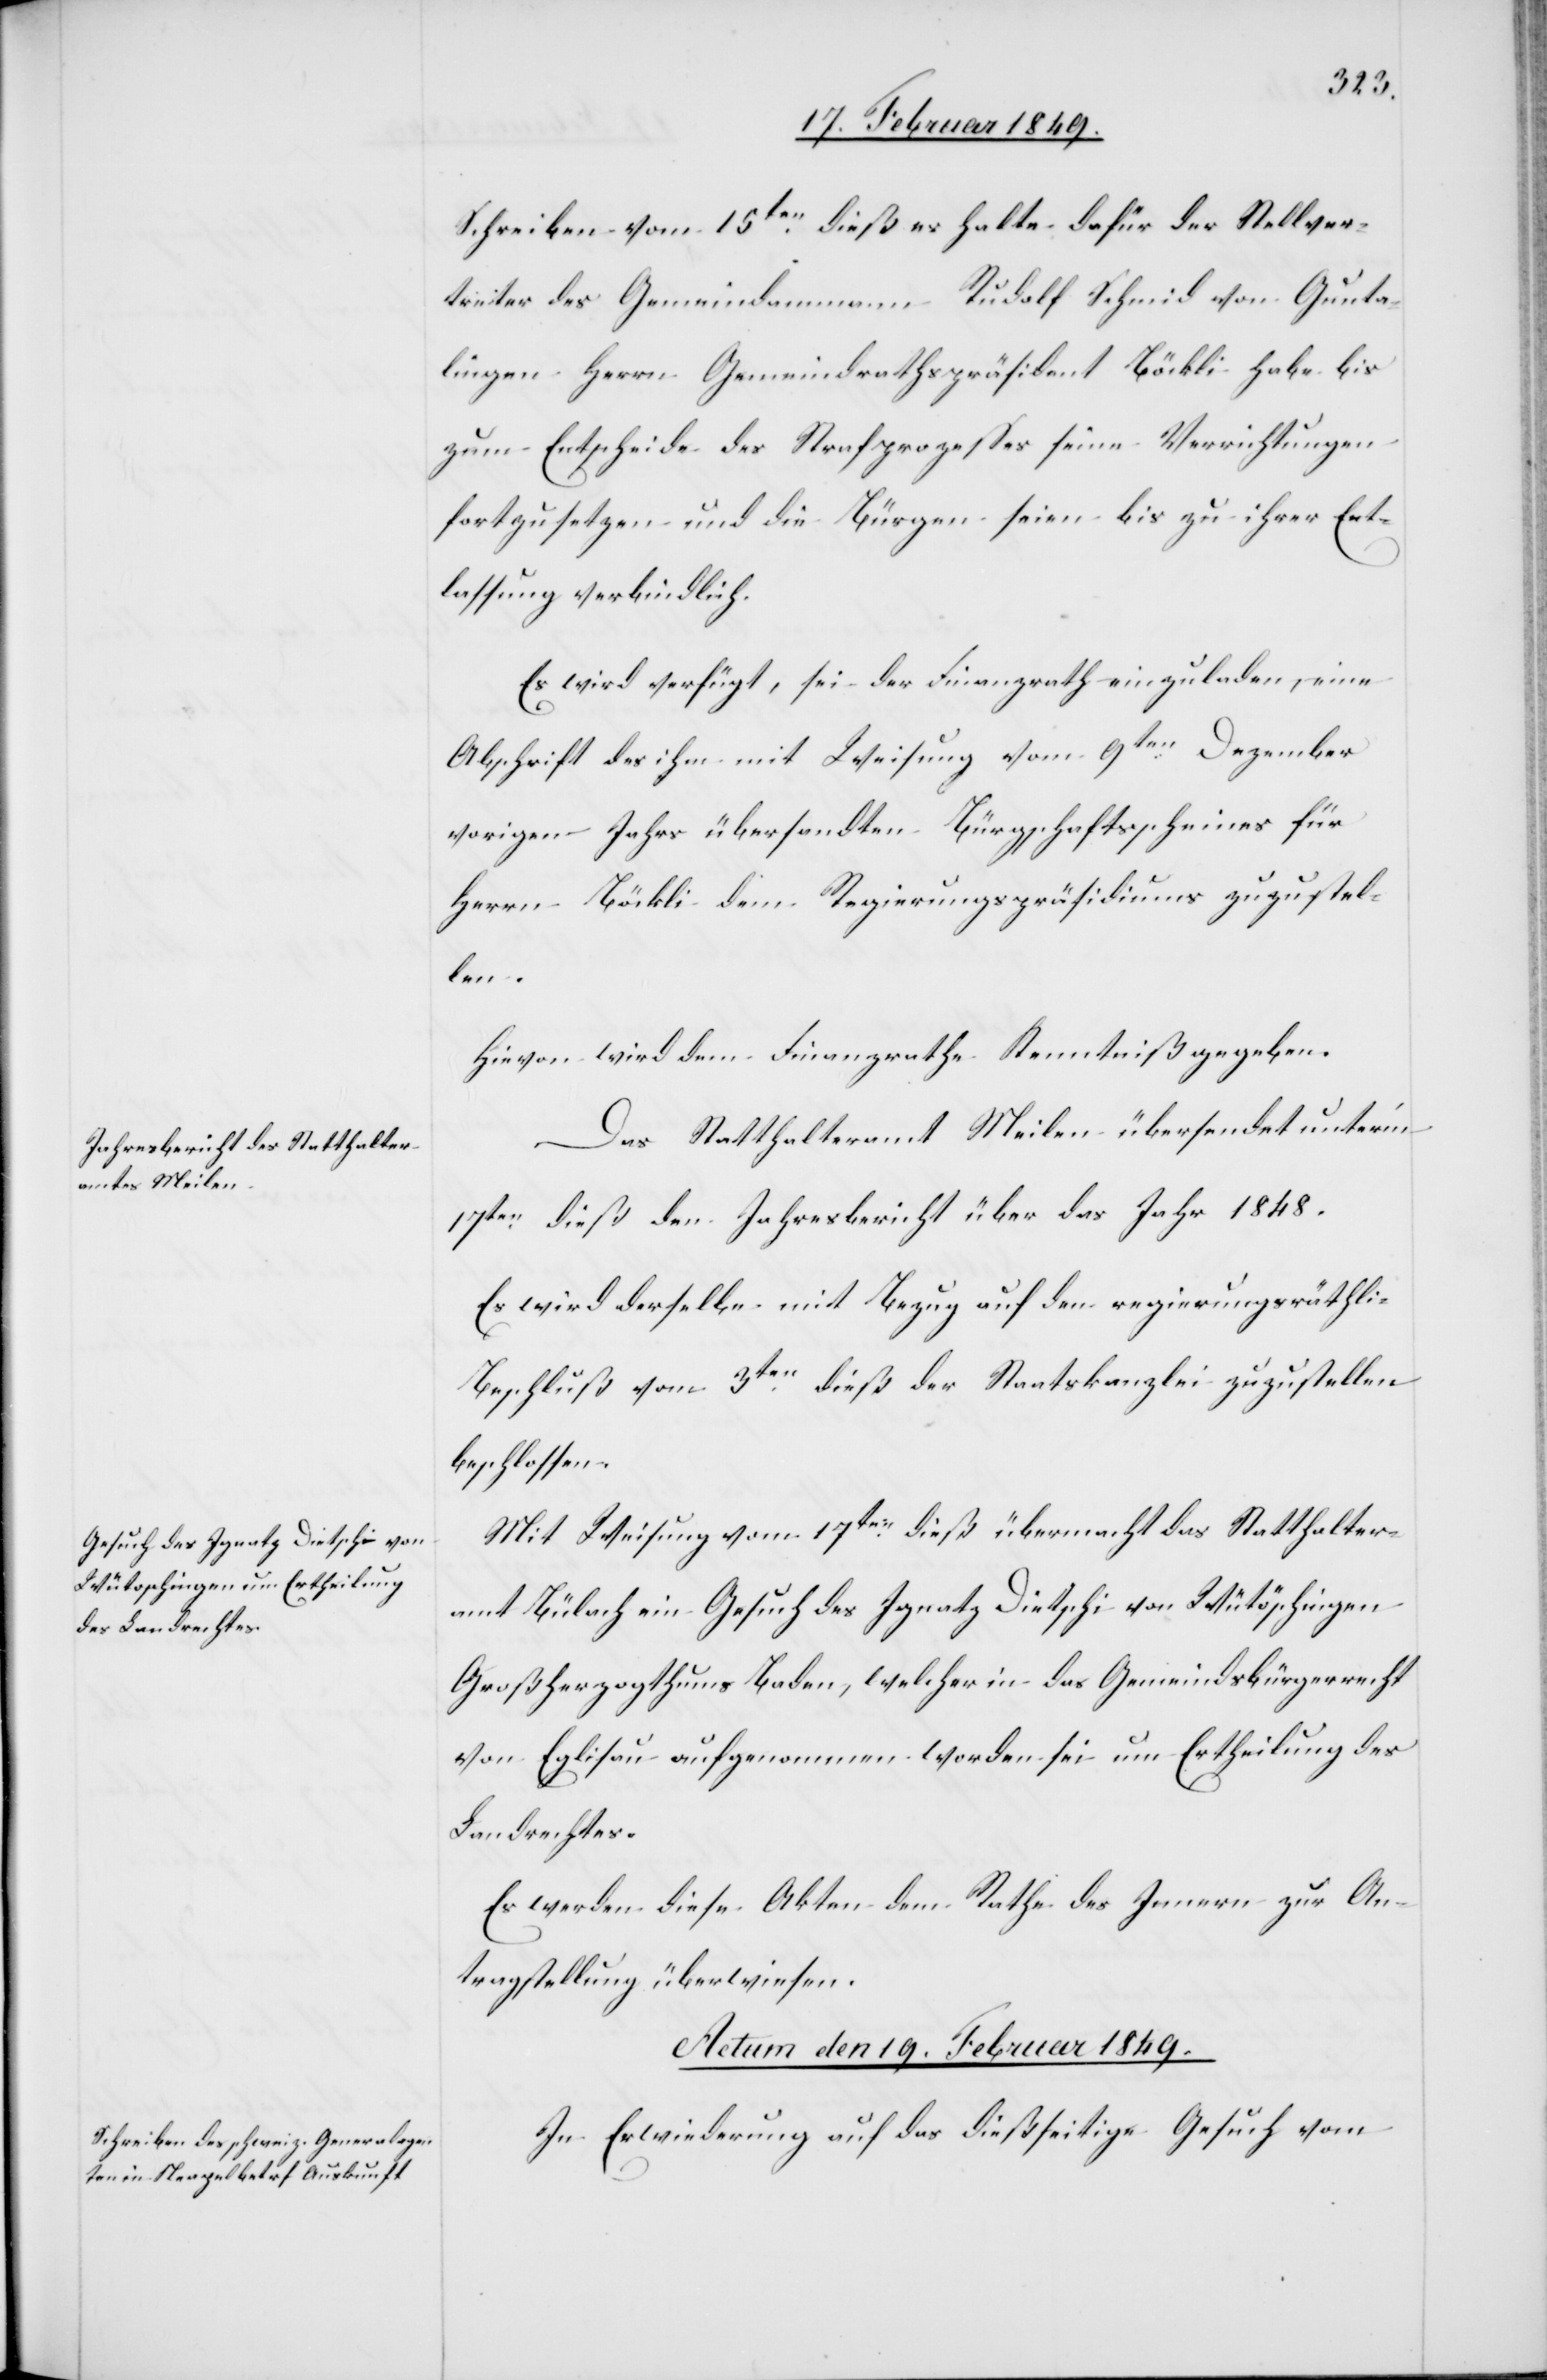
Schreiben vom 15ten. dieß es halte dafür der Stellver¬
treter des Gemeindammann Rudolf Schmid von Gunta¬
lingen Herrn [sic!] Gemeindrathspräsident Böckli habe bis
zum Entscheide des Strafprozesses seine Verrichtungen
fortzusetzen und die Bürgen seien bis zu ihrer Ent¬
lassung verbindlich.
Es wird verfügt, sei der Finanzrath einzuladen, eine
Abschrift des ihm mit Weisung vom 9ten. Dezember
vorigen Jahrs übersandten Bürgschaftsscheines für
Herrn Böckli dem Regierungspräsidiums [sic!] zuzustel¬
hen]
Hievon wird dem Finanzrathe Kenntniß gegeben.
Das Statthalteramt Meilen übersendet unter’m
17ten. dieß den Jahresbericht über das Jahr 1848.
Es wird derselbe mit Bezug auf den regierungsräthli[c¬
Beschluß vom 3ten. dieß der Staatskanzlei zuzustellen
beschlossen.
Mit Weisung vom 17ten. dieß übermacht das Statthalter¬
amt Bülach ein Gesuch des Ignatz Dietschi von Wütöschingen
Großherzogthums Baden, welcher in das Gemeindsbürgerrecht
von Eglisau aufgenommen worden sei um Ertheilung des
Landrechtes.
Es werden diese Akten dem Rathe des Innern zur An¬
tragstellung überwiesen.
Actum den 19. Februar 1849.
In Erwiederung auf das dießseitige Gesuch vom